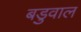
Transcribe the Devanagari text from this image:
बडुवाल